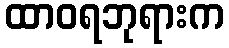
ထာဝရဘုရားက